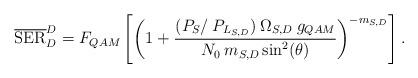
LaTeX: \begin{align*} \overline{\rm SER}^{D}_{D} = F_{QAM} \left[ \left( 1 + \frac{(P_{S}/\: P_{L_{S,D}})\: \Omega_{S,D}\: g_{QAM}}{ N_{0}\: m_{S,D} \,{\sin}^{2}(\theta)}\right)^{-m_{S,D}} \right]. \end{align*}